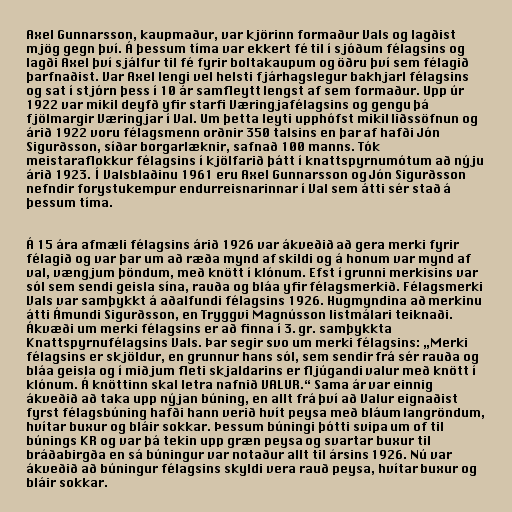
Axel Gunnarsson, kaupmaður, var kjörinn formaður Vals og lagðist
mjög gegn því. Á þessum tíma var ekkert fé til í sjóðum félagsins og
lagði Axel því sjálfur til fé fyrir boltakaupum og öðru því sem félagið
þarfnaðist. Var Axel lengi vel helsti fjárhagslegur bakhjarl félagsins
og sat í stjórn þess í 10 ár samfleytt lengst af sem formaður. Upp úr
1922 var mikil deyfð yfir starfi Væringjafélagsins og gengu þá
fjölmargir Væringjar í Val. Um þetta leyti upphófst mikil liðssöfnun og
árið 1922 voru félagsmenn orðnir 350 talsins en þar af hafði Jón
Sigurðsson, síðar borgarlæknir, safnað 100 manns. Tók
meistaraflokkur félagsins í kjölfarið þátt í knattspyrnumótum að nýju
árið 1923. Í Valsblaðinu 1961 eru Axel Gunnarsson og Jón Sigurðsson
nefndir forystukempur endurreisnarinnar í Val sem átti sér stað á
þessum tíma.

Á 15 ára afmæli félagsins árið 1926 var ákveðið að gera merki fyrir
félagið og var þar um að ræða mynd af skildi og á honum var mynd af
val, vængjum þöndum, með knött í klónum. Efst í grunni merkisins var
sól sem sendi geisla sína, rauða og bláa yfir félagsmerkið. Félagsmerki
Vals var samþykkt á aðalfundi félagsins 1926. Hugmyndina að merkinu
átti Ámundi Sigurðsson, en Tryggvi Magnússon listmálari teiknaði.
Ákvæði um merki félagsins er að finna í 3. gr. samþykkta
Knattspyrnufélagsins Vals. Þar segir svo um merki félagsins: „Merki
félagsins er skjöldur, en grunnur hans sól, sem sendir frá sér rauða og
bláa geisla og í miðjum fleti skjaldarins er fljúgandi valur með knött í
klónum. Á knöttinn skal letra nafnið VALUR.“ Sama ár var einnig
ákveðið að taka upp nýjan búning, en allt frá því að Valur eignaðist
fyrst félagsbúning hafði hann verið hvít peysa með bláum langröndum,
hvítar buxur og bláir sokkar. Þessum búningi þótti svipa um of til
búnings KR og var þá tekin upp græn peysa og svartar buxur til
bráðabirgða en sá búningur var notaður allt til ársins 1926. Nú var
ákveðið að búningur félagsins skyldi vera rauð peysa, hvítar buxur og
bláir sokkar.